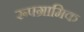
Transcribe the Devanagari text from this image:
रूपग्रामिक